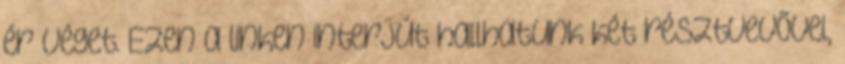
ér véget. Ezen a linken interjút hallhatunk két résztvevővel,